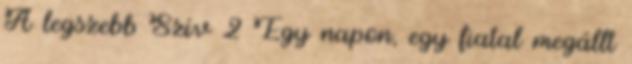
A legszebb Szív 2 Egy napon, egy fiatal megállt